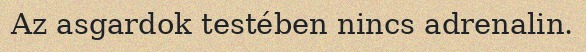
Az asgardok testében nincs adrenalin.